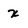
Character: x